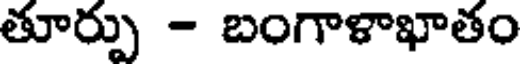
తూర్పు - బంగాళాఖాతం